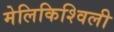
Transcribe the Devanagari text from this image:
मेलिकिश्विली